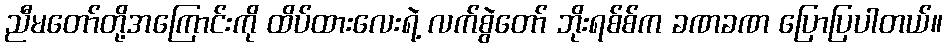
ညီမတော်တို့အကြောင်းကို ထိပ်ထားလေးရဲ့ လက်စွဲတော် ဘိုးရစ်စ်က ခဏခဏ ပြောပြပါတယ်။